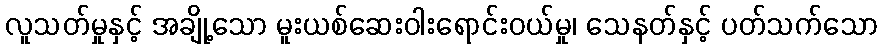
လူသတ်မှုနှင့် အချို့သော မူးယစ်ဆေးဝါးရောင်းဝယ်မှု၊ သေနတ်နှင့် ပတ်သက်သော